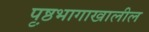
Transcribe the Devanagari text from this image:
पृ़ष्ठभागाखालील